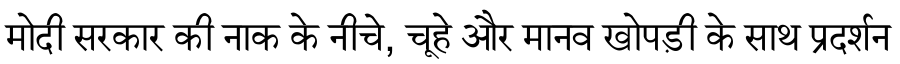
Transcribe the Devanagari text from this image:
मोदी सरकार की नाक के नीचे, चूहे और मानव खोपड़ी के साथ प्रदर्शन